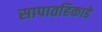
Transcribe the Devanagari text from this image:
सापातहिकाडे